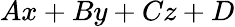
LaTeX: Ax+By+Cz+D